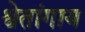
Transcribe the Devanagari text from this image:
श्वेतांगाय